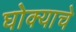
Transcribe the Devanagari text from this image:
घोक्याचे